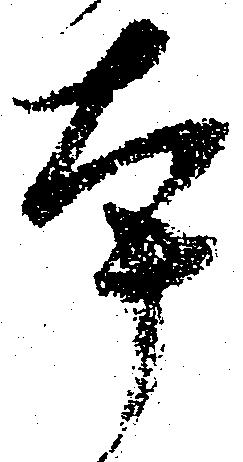
本